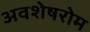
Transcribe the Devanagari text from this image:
अवशेषरोम